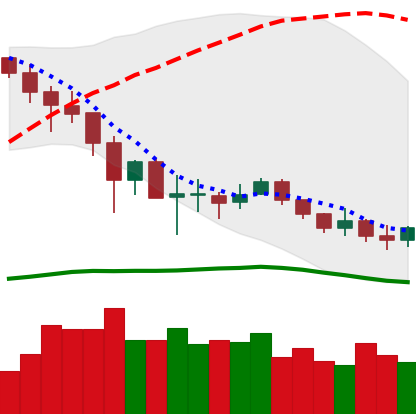
Ticker: LINK-USD
Chart end date: 2019-12-06
Forward return: 4.091%
Label: up_3_5